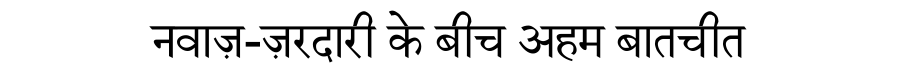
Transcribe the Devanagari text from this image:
नवाज़-ज़रदारी के बीच अहम बातचीत